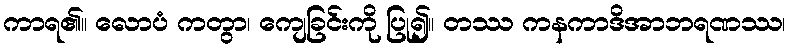
ကာရ၏။ လောပံ ကတွာ၊ ကျေခြင်းကို ပြု၍။ တဿ ကနကာဒိအာဘရဏဿ၊